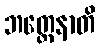
ဘတ္တေနာတိ